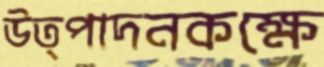
উত্পাদনকক্ষে